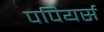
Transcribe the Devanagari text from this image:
पपियर्स